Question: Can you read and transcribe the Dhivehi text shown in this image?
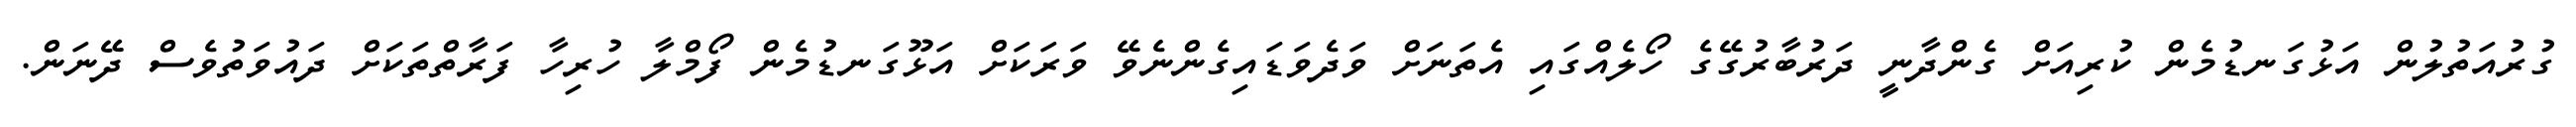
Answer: ގުރުއަތުލުން އަޅުގަނޑުމެން ކުރިއަށް ގެންދާނީ ދަރުބާރުގޭގެ ހޯލެއްގައި އެތަނަށް ވަދެވަޑައިގެންނެވޭ ވަރަކަށް އަޅޫގަނޑުމެން ފޯމްލާ ހުރިހާ ފަރާތްތަކަށް ދައުވަތުވެސް ދޭނަން.